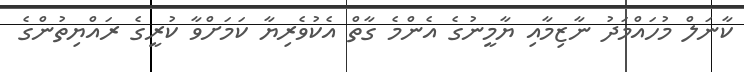
ކާނަލް މުހައްމަދު ނާޒިމާއި ޔާމީނުގެ އެންމެ ގާތް އެކުވެރިޔާ ކަމަށްވާ ކުރީގެ ރައްޔިތުންގެ